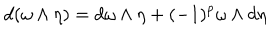
d ( \omega \wedge \eta ) = d \omega \wedge \eta + ( - 1 ) ^ { p } \omega \wedge d \eta